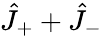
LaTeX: \hat{J}_{+}+\hat{J}_{-}